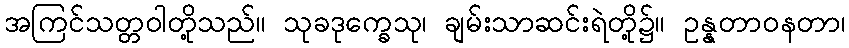
အကြင်သတ္တဝါတို့သည်။ သုခဒုက္ခေသု၊ ချမ်းသာဆင်းရဲတို့၌။ ဥန္နတာဝနတာ၊